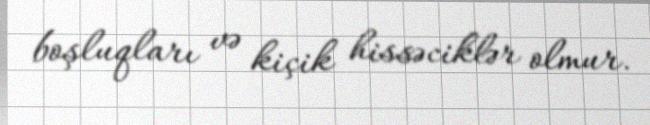
boşluqları və kiçik hissəciklər olmur.